General report no. 6 on the lunatic asylums, vaccination and dispensaries in the Bengal Presidency, 1873 -
Year: 1873
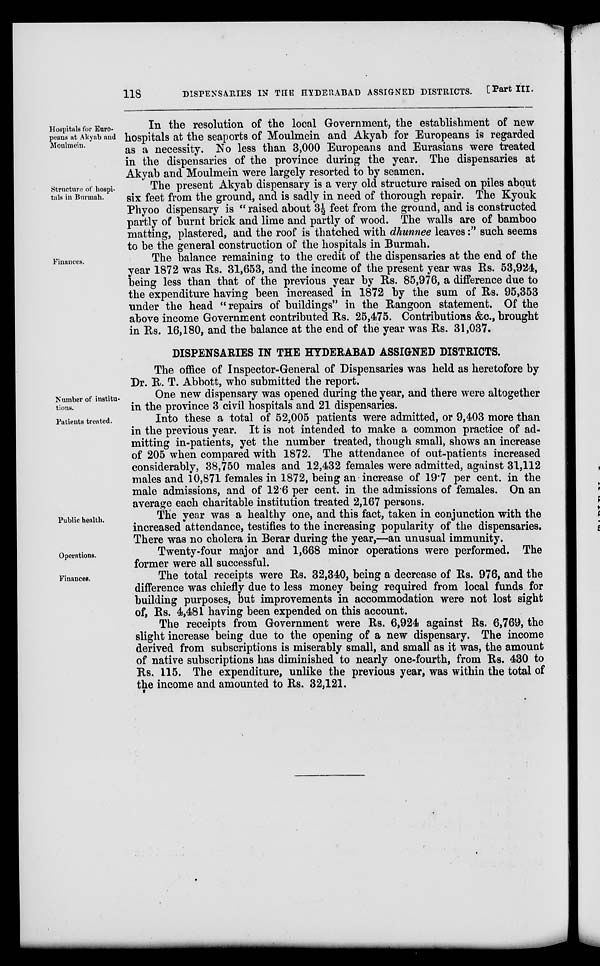
118
DISPENSARIES IN THE HYDERABAD ASSIGNED DISTRICTS.
[Part III.
Hospitals for Euro-
peans at Akyab and
Mouhmein.
In the resolution of the local Government, the establishment of new
hospitals at the seaports of Moulmein and Akyab for Europeans is regarded
as a necessity. No less than 3,000 Europeans and Eurasians were treated
in the dispensaries of the province during the year. The dispensaries at
Akyab and Moulmein were largely resorted to by seamen.
Structure of hospi-
tals in Burmah.
The present Akyab dispensary is a very old structure raised on piles about
six feet from the ground, and is sadly in need of thorough repair. The Kyouk
Phyoo dispensary is "raised about 3½ feet from the ground, and is constructed
partly of burnt brick and lime and partly of wood. The walls are of bamboo
matting, plastered, and the roof is thatched with dhunnee leaves:" such seems
to be the general construction of the hospitals in Burmah.
Finances.
The balance remaining to the credit of the dispensaries at the end of the
year 1872 was Rs. 31,653, and the income of the present year was Rs. 53,924,
being less than that of the previous year by Rs. 85,976, a difference due to
the expenditure having been increased in 1872 by the sum of Rs. 95,353
under the head "repairs of buildings" in the Rangoon statement. Of the
above income Government contributed Rs. 25,475. Contributions &c., brought
in Rs. 16,180, and the balance at the end of the year was Rs. 31,037.
DISPENSARIES IN THE HYDERABAD ASSIGNED DISTRICTS.
The office of Inspector-General of Dispensaries was held as heretofore by
Dr. R. T. Abbott, who submitted the report.
Number of institu¬
tions.
One new dispensary was opened during the year, and there were altogether
in the province 3 civil hospitals and 21 dispensaries.
Patients treated.
Into these a total of 52,005 patients were admitted, or 9,403 more than
in the previous year. It is not intended to make a common practice of ad-
mitting in-patients, yet the number treated, though small, shows an increase
of 205 when compared with 1872. The attendance of out-patients increased
considerably, 38,750 males and 12,432 females were admitted, against 31,112
males and 10,871 females in 1872, being an increase of 19.7 per cent. in the
male admissions, and of 12.6 per cent. in the admissions of females. On an
average each charitable institution treated 2,167 persons.
Public health.
The year was a healthy one, and this fact, taken in conjunction with the
increased attendance, testifies to the increasing popularity of the dispensaries.
There was no cholera in Berar during the year,—an unusual immunity.
Operations.
Twenty-four major and 1,668 minor operations were performed. The
former were all successful.
Finances.
The total receipts were Rs. 32,340, being a decrease of Rs. 976, and the
difference was chiefly due to less money being required from local funds for
building purposes, but improvements in accommodation were not lost sight
of, Rs. 4,481 having been expended on this account.
The receipts from Government were Rs. 6,924 against Rs. 6,769, the
slight increase being due to the opening of a new dispensary. The income
derived from subscriptions is miserably small, and small as it was, the amount
of native subscriptions has diminished to nearly one-fourth, from Rs. 430 to
Rs. 115. The expenditure, unlike the previous year, was within the total of
the income and amounted to Rs. 32,121.